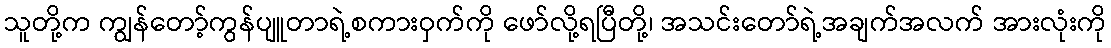
သူတို့က ကျွန်တော့်ကွန်ပျူတာရဲ့စကားဝှက်ကို ဖော်လို့ရပြီတို့၊ အသင်းတော်ရဲ့အချက်အလက် အားလုံးကို